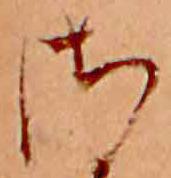
さ